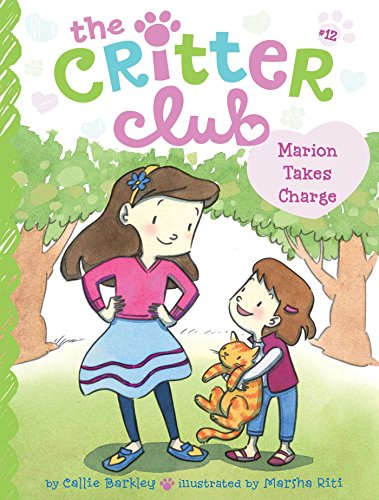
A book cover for Marion Takes Charge (The Critter Club); Callie Barkley; Children's Books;